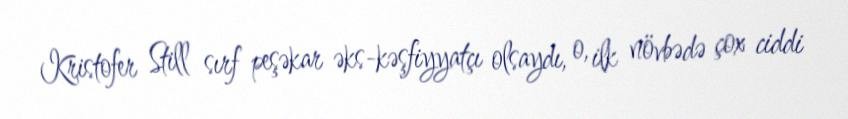
Kristofer Still sırf peşəkar əks-kəşfiyyatçı olsaydı, o, ilk növbədə çox ciddi